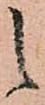
之